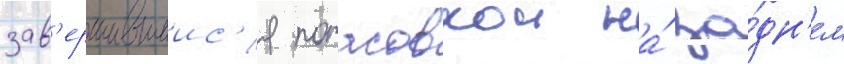
зав'ершившиис'я потасовкои на́ за́дн'ем